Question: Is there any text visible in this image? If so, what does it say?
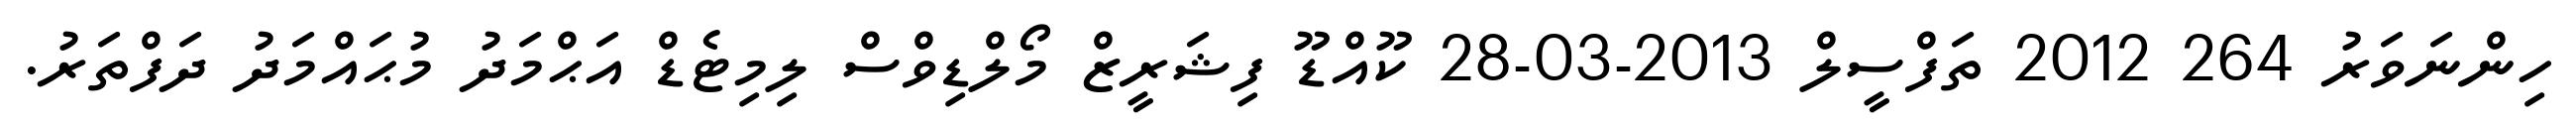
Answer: ހިންނަވަރު 264 2012 ތަފްސީލް 2013-03-28 ކޫއްޑޫ ފިޝަރީޒް މޯލްޑިވްސް ލިމިޓެޑް އަޙްމަދު މުޙައްމަދު ދަފްތަރު.